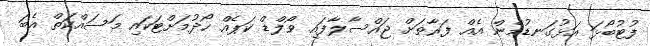
ފުޓުބޯޅަ އަޅުގަނޑުމެން އެއް ފަރާތަށް ޖައްސާލާފައި ވޯލްޑް ކަޕެއް ހޯދުމަށްޓަކައި މަސައްކަތް އެބަ